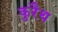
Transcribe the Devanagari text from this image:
कुरैथ